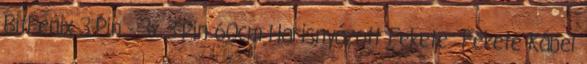
BitFenix 3-Pin - 3x 3-Pin 60cm Harisnyázott Fekete Fekete Kábel